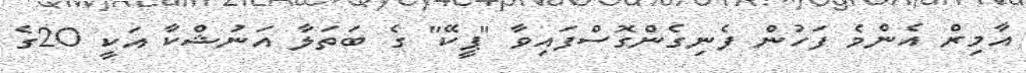
އާމިރް އެންމެ ފަހުން ފެނިގެންގޮސްފައިވާ "ޕީކޭ" ގެ ބަތަލާ އަނުޝްކާ އަކީ 20ގެ